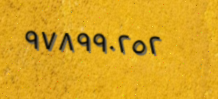
٩٧٨٩٩٠٢٥٢